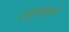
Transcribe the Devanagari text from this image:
उड़ानवाले